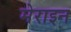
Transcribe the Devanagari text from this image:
मेराइन